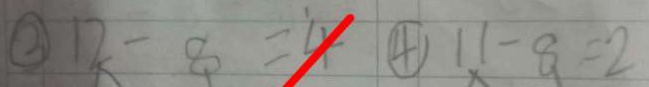
\textcircled { 3 } 1 2 - 8 = 4 \textcircled { 4 } 1 1 - 9 = 2